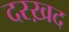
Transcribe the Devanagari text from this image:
दरख़द